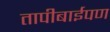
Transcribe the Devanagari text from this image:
तापीबाईपण